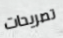
تصريحات